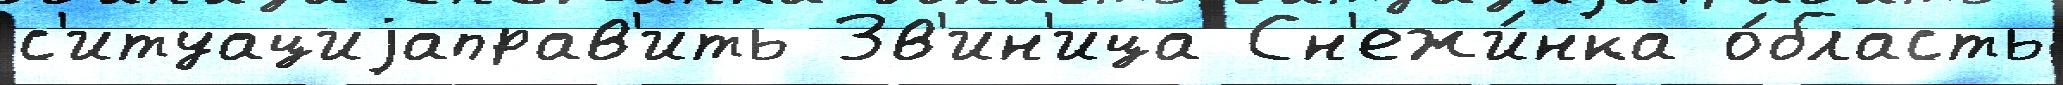
с'итуациjаправ'ить Зв'ин'ица Сн'ежи́нка о́бласть